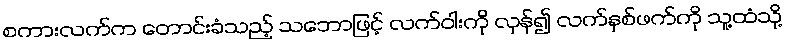
စကားလက်က တောင်းခံသည့် သဘောဖြင့် လက်ဝါးကို လှန်၍ လက်နှစ်ဖက်ကို သူ့ထံသို့